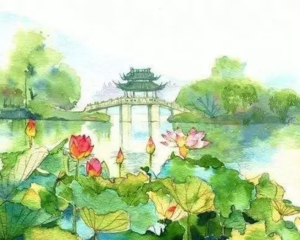
江南忆，最忆是杭州。